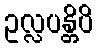
ဥလ္လပန္တိပိ